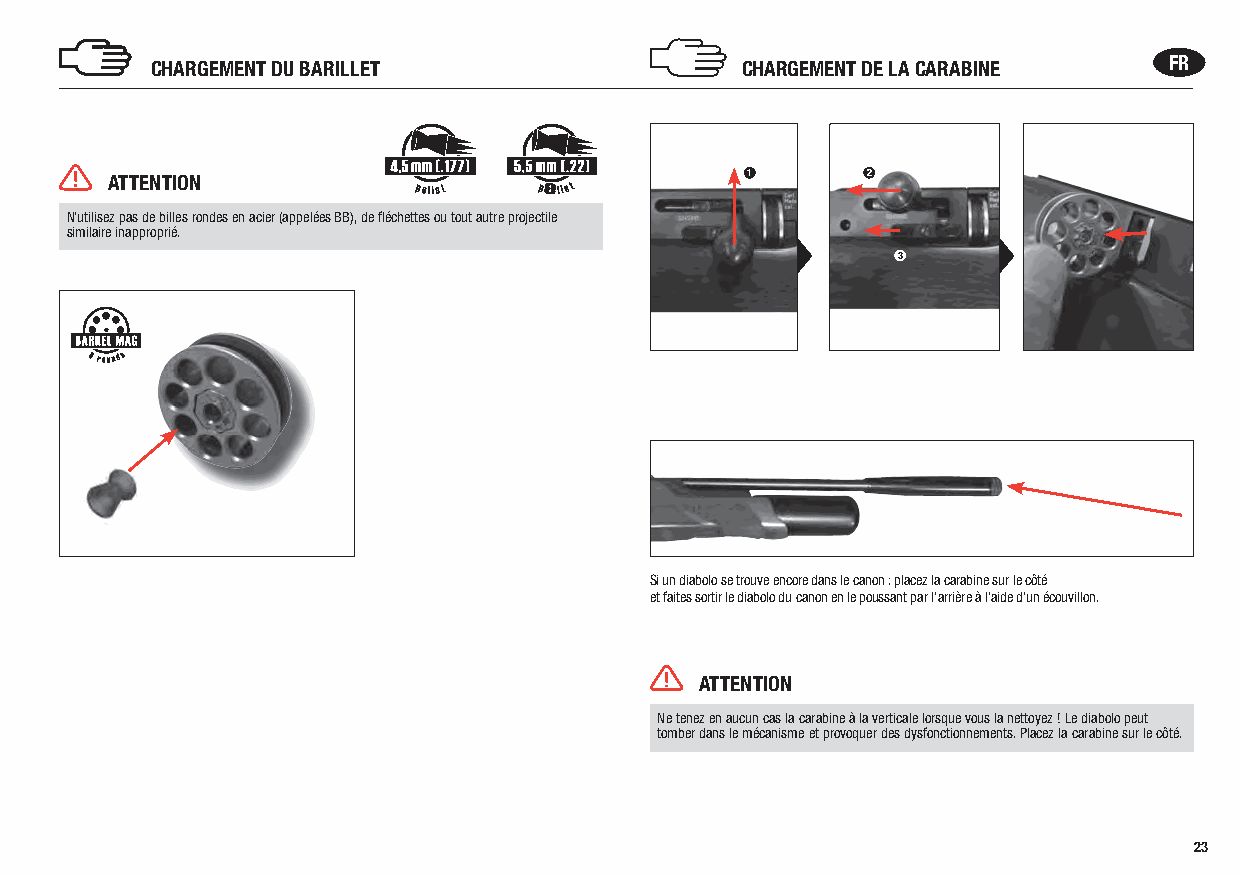
CHARGEMENT DU BARILLET                 CHARGEMENT DE LA CARABINE   FR
 ATTENTION                                 1       2
 p        p
 N’utilisez pas de billes rondes en acier (appelées BB), de fléchettes ou tout autre projectile
 similaire inapproprié.
 3
 Si un diabolo se trouve encore dans le canon : placez la carabine sur le côté
 et faites sortir le diabolo du canon en le poussant par l’arrière à l’aide d’un écouvillon.
 ATTENTION
 Ne tenez en aucun cas la carabine à la verticale lorsque vous la nettoyez ! Le diabolo peut
 tomber dans le mécanisme et provoquer des dysfonctionnements. Placez la carabine sur le côté.
 23